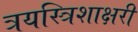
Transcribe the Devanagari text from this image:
त्रयस्त्रिशाक्षरी